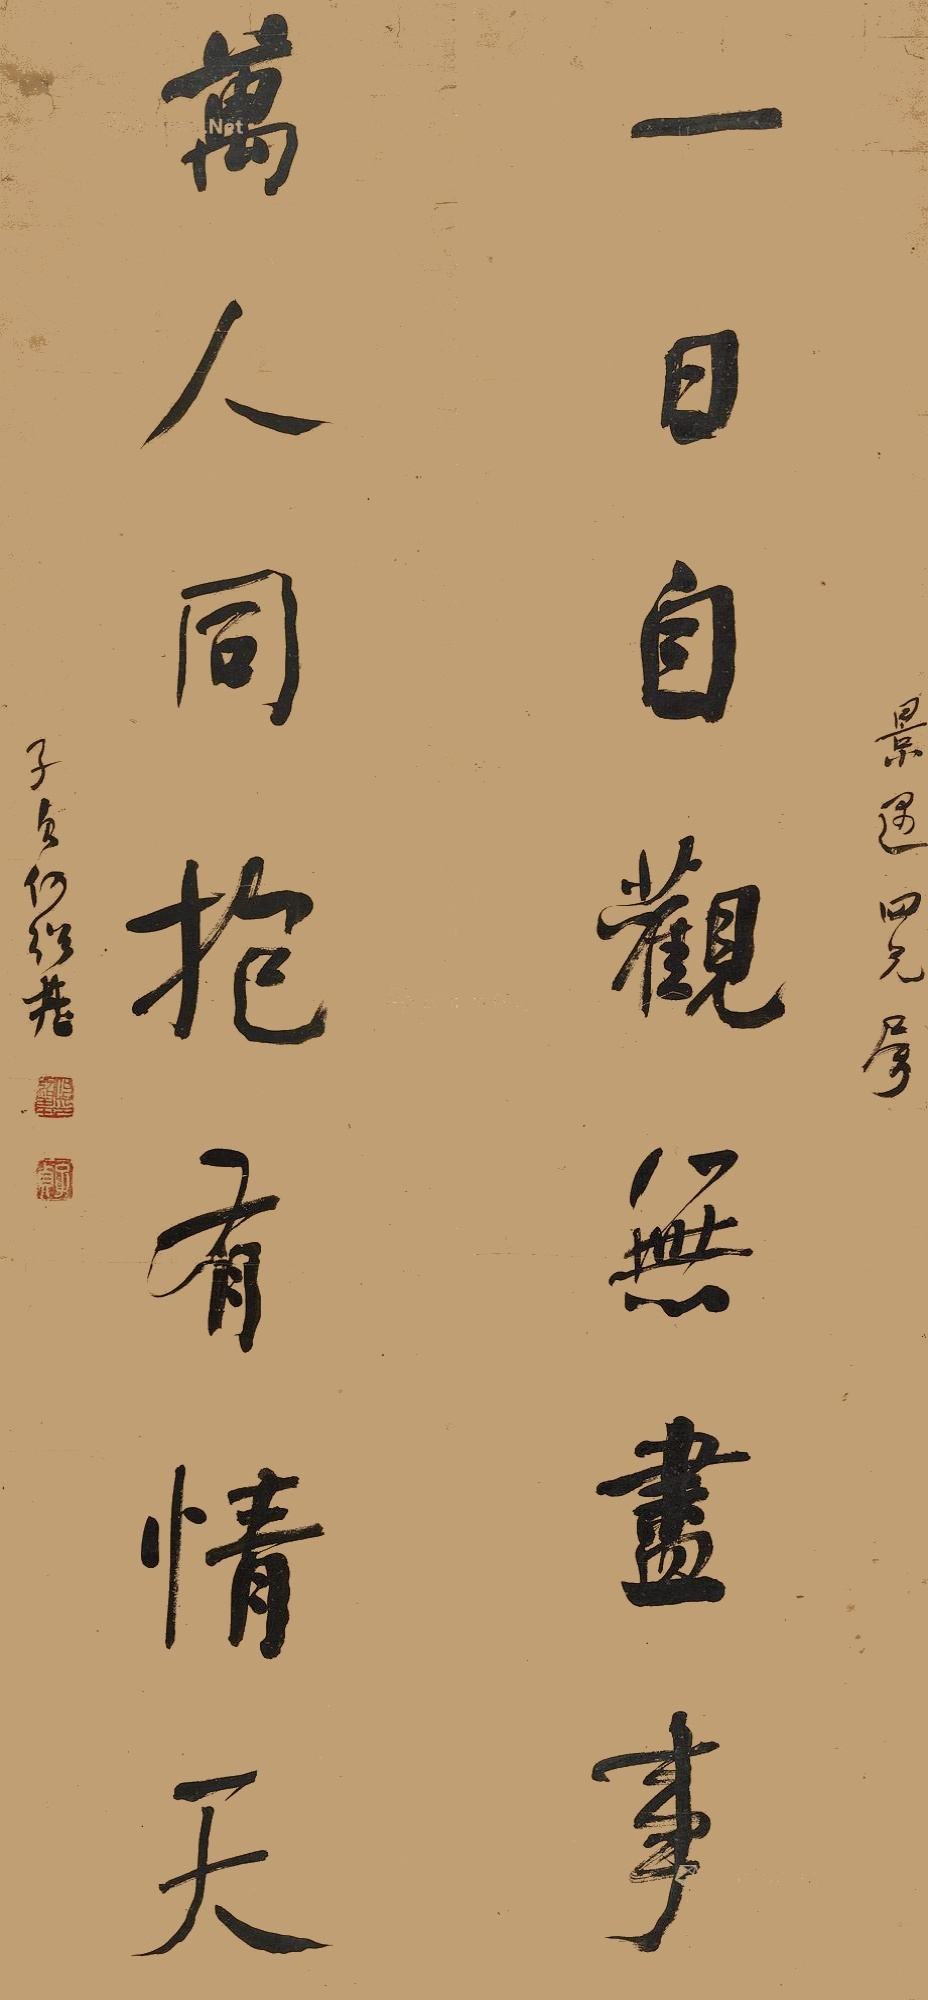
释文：一日自观无尽事，万人同抱有情天。景遇四兄属，子贞何绍基。